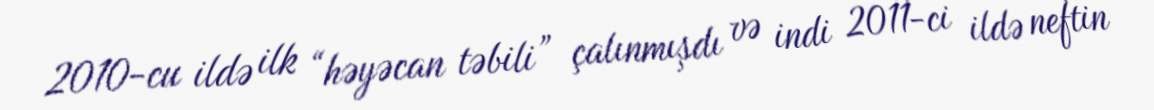
2010-cu ildə ilk “həyəcan təbili” çalınmışdı və indi 2011-ci ildə neftin